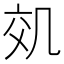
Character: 𠙇